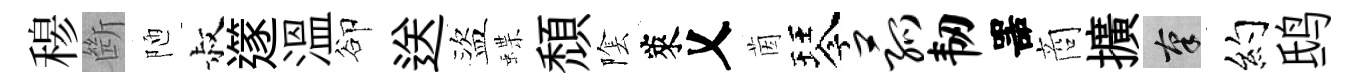
𥠇㫁陋叔𨗹溫卻送盜蝶頹隂萊乂茵琴菰韧噐商擴筆约鸱